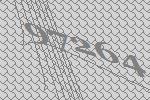
97264